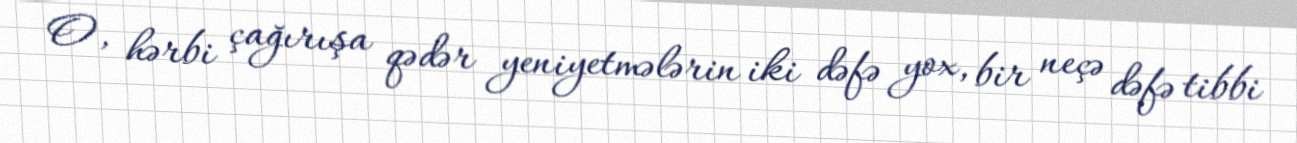
O, hərbi çağırışa qədər yeniyetmələrin iki dəfə yox, bir neçə dəfə tibbi